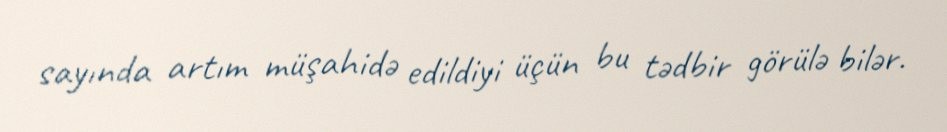
sayında artım müşahidə edildiyi üçün bu tədbir görülə bilər.